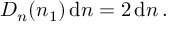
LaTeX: D _ { n } ( n _ { 1 } ) \operatorname { d } \! n = 2 \operatorname { d } \! n \, .